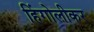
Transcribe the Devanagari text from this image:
हिंगोलीकर